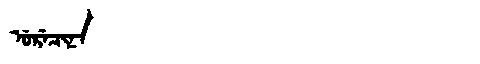
Manchu: ᡠᡵᡝᠴᡳᠨᠠ
Romanization: URECINA